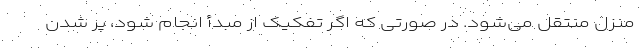
منزل منتقل می‌شود. در صورتی که اگر تفکیک از مبدأ انجام شود، پر شدن